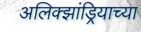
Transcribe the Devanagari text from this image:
अलिक्झांड्रियाच्या